Lunatic asylums Punjab 1868-1880 - 1868-1880
Year: 1868
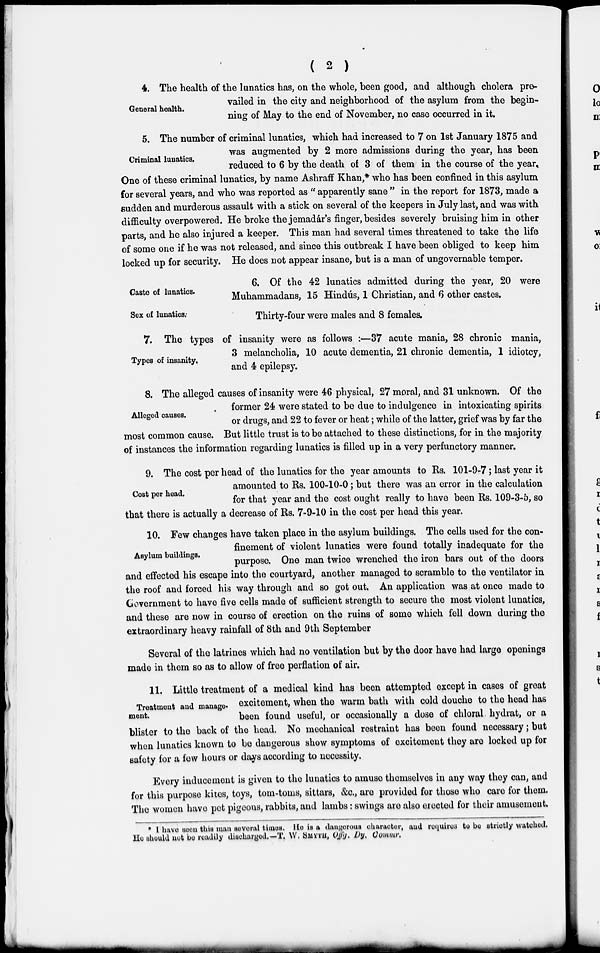
General health.
( 2 )
The health of the lunatics has, on the whole, been good, and although cholera pro-
vailed in the city and neighborhood of the asylum from the begin-
ning of May to the end of November, no case occurred in it.
5. The number of criminal lunatics, which had increased to 7 on 1st January 1875 and
was augmented by 2 more admissions during the year, has been
Criminal luuatic3.
_
.° „ . ,,
, ,.
. n . .
.
,
J
reduced to 6 by the death of 3 of them in the course of the year*
One of these criminal lunatics, by name Ashraff Khan,* who has been confined in this asylum
for several years, and who was reported as " apparently sane " in the report for 1873, made a
sudden and murderous assault with a stick on several of the keepers in July last, and was with
difficulty overpowered. He broke the jemadar's finger, besides severely bruising him in other
parts, and he also injured a keeper. This man had several times threatened to take the life
of some one if he was not released, and since this outbreak I have been obliged to keep him
locked up for security. He does not appear insane, but is a man of ungovernable temper.
6. Of the 42 lunatics admitted during the year, 20 were
Muhammadans, 15 Hindus, 1 Christian, and 6 other castes.
Caste of lunatics.
Sex of lunatics;
Thirty-four were males and 8 females.
7. The types of insanity were as follows :—37 acute mania, 28 chronic mania,
3 melancholia, 10 acute dementia, 21 chronic dementia, 1 idiotcy,
and 4 epilepsy.
Types of insanity.
8. The alleged causes of insanity were 46 physical, 27 moral, and 31 unknown. Of the
former 24 were stated to be due to indulgence in intoxicating spirits
or drugs, and 22 to fever or heat; while of the latter, grief was by far the
most common cause. But little trust is to be attached to these distinctions, for in the majority
of instances the information regarding lunatics is filled up in a very perfunctory manner.
9. The cost per head of the lunatics for the year amounts to Ks. 101-9-7; last year it
amounted to Rs. 100-10-0 ; but there was an error in the calculation
for that year and the cost ought really to have been Rs. 109-3-5, so
that there is actually a decrease of Rs. 7-9-10 in the cost per head this year.
Cost per head.
Asylum buildings.
10. Few changes have taken place in the asylum buildings. The cells used for the con-
finement of violent lunatics were found totally inadequate for the
purpose. One man twice wrenched the iron bars out of the doors
and effected his escape into the courtyard, another managed to scramble to the ventilator in
the roof and forced his way through and so got out. An application was at once made to
Government to have five cells made of sufficient strength to secure the most violent lunatics,
and these are now in course of erection on the ruins of some which fell down during the
extraordinary heavy rainfall of 8th and 9th September
Several of the latrines which had no ventilation but by the door have had large openings
made in them so as to allow of free perflation of air.
11. Little treatment of a medical kind has been attempted except in cases of groat
Treatment and manage- excitement, when the warm bath with cold douche to the head has
*n°nt.
b e on found useful, or occasionally a dose of chloral hydrat, or a
blister to tho back of the head. No mechanical restraint has boon found necessary; but
when lunatics known to be dangerous show symptoms of excitement they are locked up for
safety for a few hours or days according to necessity.
Every inducement is given to tho lunatics to amuse themselves in any way they can, and
for this purpose kitos, toys, tom-toms, sittars, &c, are provided for those who caro for them.
Tho women have pet pigoous, rabbits, and lambs : swings are also erected for their amusement.
* 1 have soon this man several timos. Ho is a dangerous eharaotor, aud rouuiroa
lie should not bo readily discharged.— T. W. 8M vm, OjJ'j. Dy, Oomnir.
to bo strictly watched.